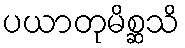
ပယာတုမိစ္ဆသိ